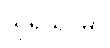
သုရိယူပမာ